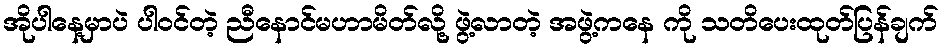
အိုပါနေ့မှာပဲ ပါဝင်တဲ့ ညီနောင်မဟာမိတ်လို့ ဖွဲ့လာတဲ့ အဖွဲ့ကနေ ကို သတိပေးထုတ်ပြန်ချက်